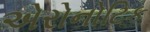
એરોનોટિક